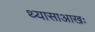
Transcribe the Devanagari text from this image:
थ्यासाआखः